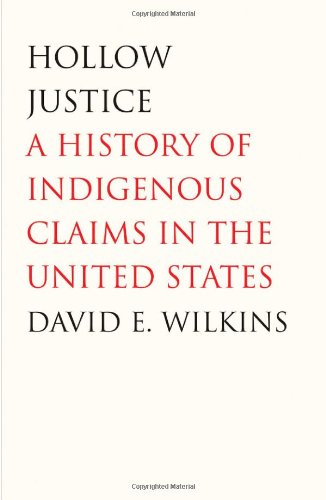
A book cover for Hollow Justice: A History of Indigenous Claims in the United States (The Henry Roe Cloud Series on American Indians and Modernity); David E. Wilkins; Law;